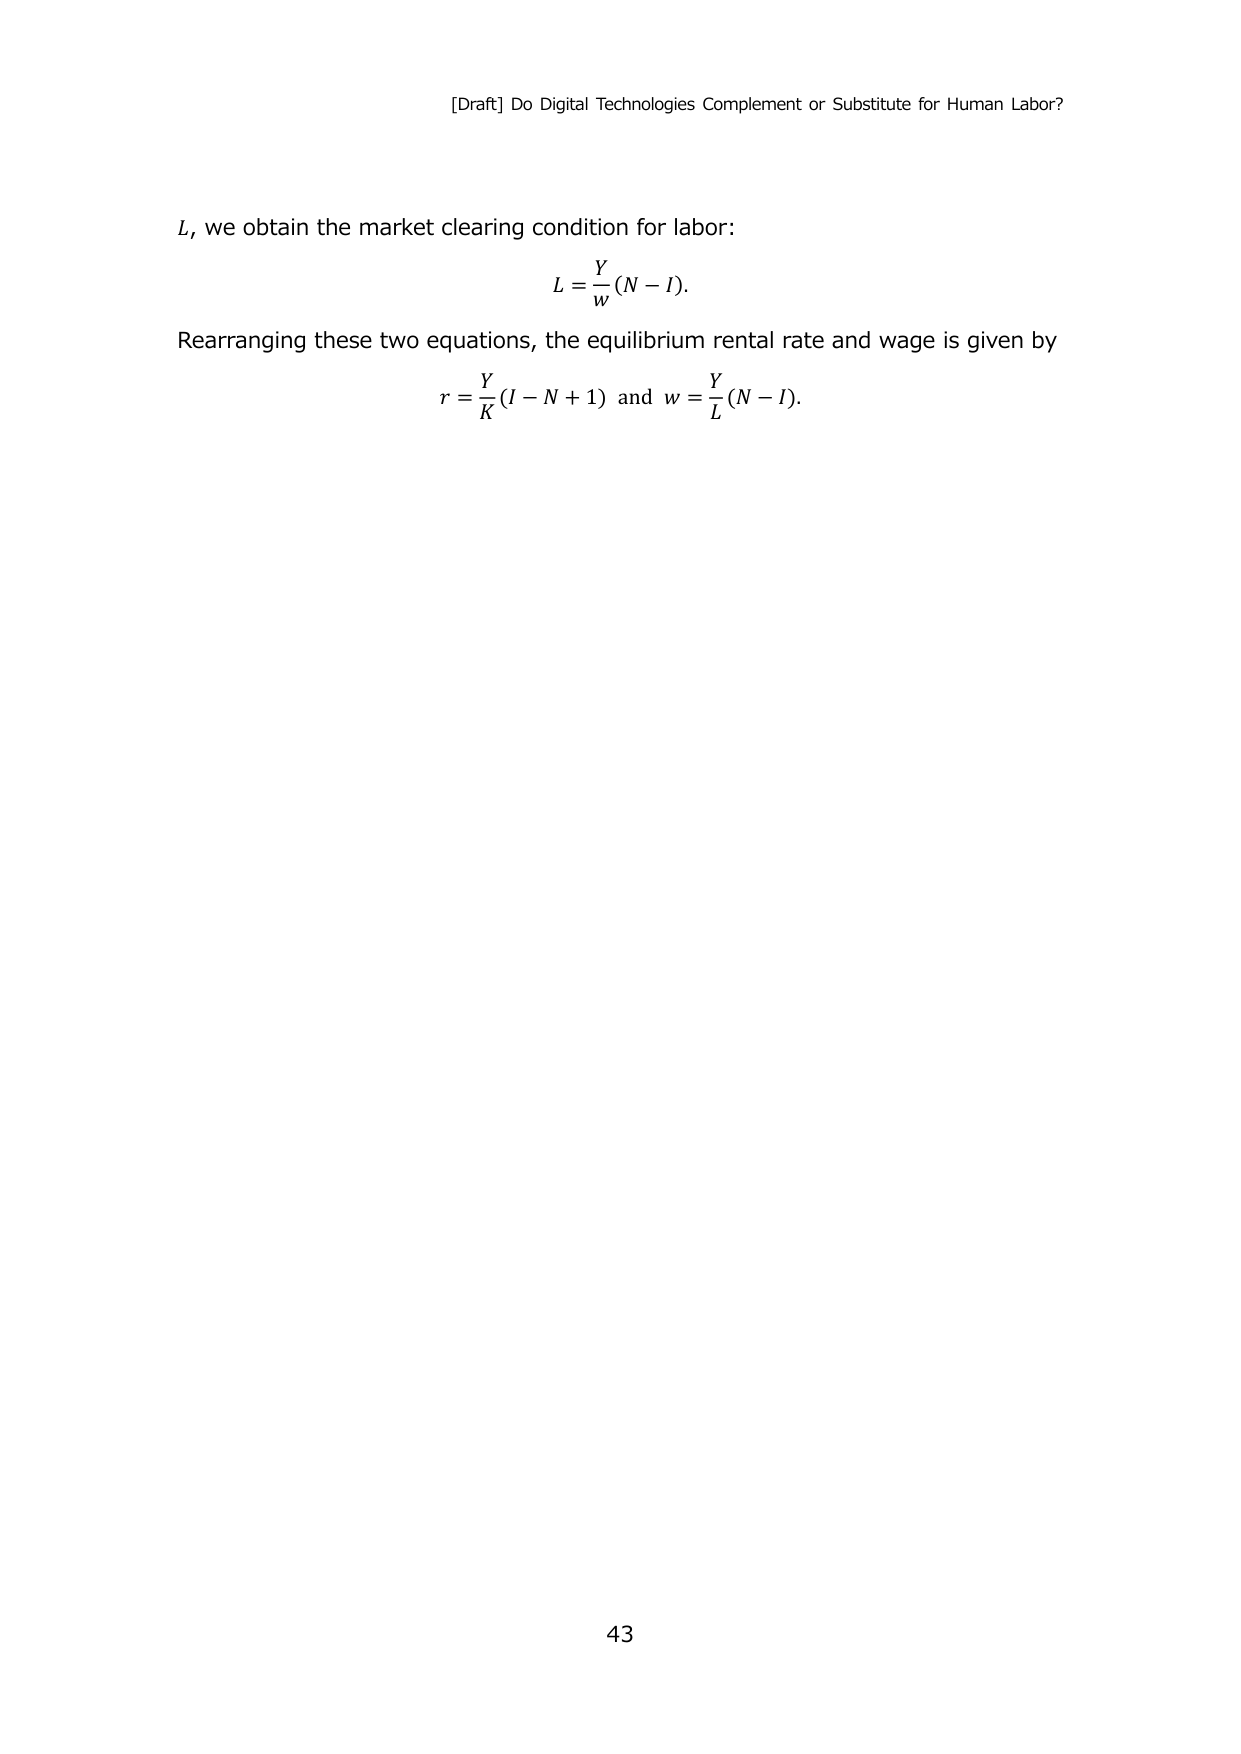
[Draft] Do Digital Technologies Complement or Substitute for Human Labor?

L, we obtain the market clearing condition for labor:
L = Y/w(N - I).

Rearranging these two equations, the equilibrium rental rate and wage is given by
r = Y/K(I - N + 1) and w = Y/L(N - I).

43